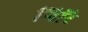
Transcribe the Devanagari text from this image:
गिरि